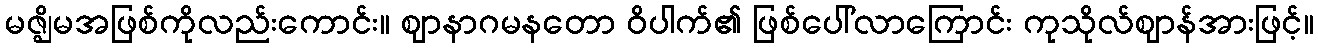
မဇ္ဈိမအဖြစ်ကိုလည်းကောင်း။ ဈာနာဂမနတော ဝိပါက်၏ ဖြစ်ပေါ်လာကြောင်း ကုသိုလ်ဈာန်အားဖြင့်။